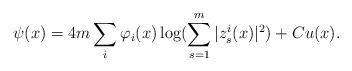
LaTeX: \begin{align*}\psi(x) = 4m\sum\limits_{i}\varphi_i(x)\log(\sum\limits_{s=1}^m|z^i_s(x)|^2) + Cu(x).\end{align*}